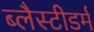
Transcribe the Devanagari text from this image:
ब्लैस्टीडर्म